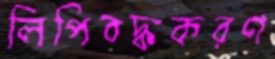
লিপিবদ্ধকরণ